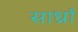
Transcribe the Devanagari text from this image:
सार्ध्रां